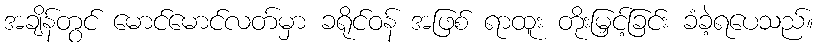
အချိန်တွင် မောင်မောင်လတ်မှာ ခရိုင်ဝန် အဖြစ် ရာထူး တိုးမြှင့်ခြင်း ခံခဲ့ရပေသည်။